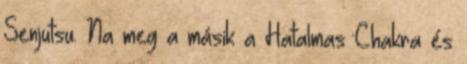
Senjutsu. Na meg a másik a Hatalmas Chakra és